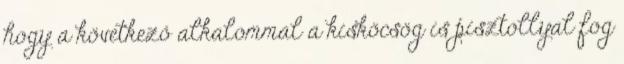
hogy a következő alkalommal a kisköcsög is pisztollyal fog